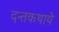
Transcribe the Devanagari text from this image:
दन्तकथाये